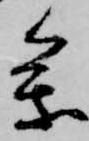
参